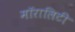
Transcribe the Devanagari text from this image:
मॉरालिटी